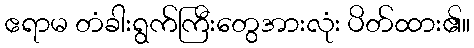
ဧရာမ တံခါးရွက်ကြီးတွေအားလုံး ပိတ်ထား၏။